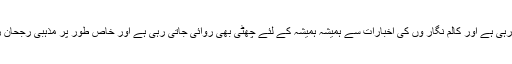
اخبارات کی خبروں سے لے کر کالموں تک کی ایک ہی جنبش میں کاٹ چھانٹ کردی جاتی رہی ہے اور کالم نگار وں کی اخبارات سے ہمیشہ ہمیشہ کے لئے چھٹی بھی روائی جاتی رہی ہے اور خاص طور پر مذہبی رجحان رکھنے والے کالم نگاروں کے کالموں کا قینچی کی زد میں نہ آنا ناممکن سمجھا جاتا رہا ہے۔